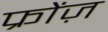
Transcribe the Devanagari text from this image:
फ्रोंज़